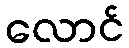
လောင်